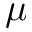
\mu